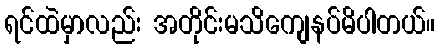
ရင်ထဲမှာလည်း အတိုင်းမသိကျေနပ်မိပါတယ်။